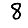
Digit: 8